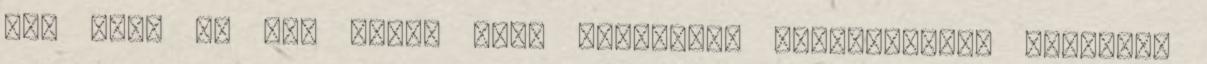
még azon is túl Fiam, maga megnyerte Dél-Amerikát Öregapám